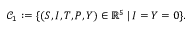
\mathcal { C } _ { 1 } : = \{ ( S , I , T , P , Y ) \in \mathbb { R } ^ { 5 } \, | \, I = Y = 0 \} .